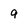
Character: 9